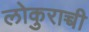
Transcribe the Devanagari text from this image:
लोकुराच्ची